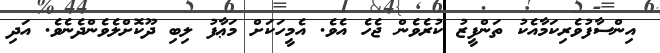
އިންސާފުވެރިކަމާއެކު ތަންފީޒު ކުރެވެން ޖެހެ އެވެ. އެމީހަކަށް މަޢާފު ލިބި ދޫކޮށްލެވެންދެނެވެ. އަދި